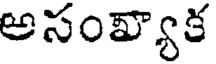
అసంవ్యాక